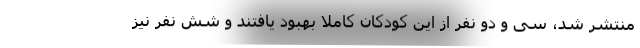
منتشر شد، سی و دو نفر از این کودکان کاملا بهبود یافتند و شش نفر نیز